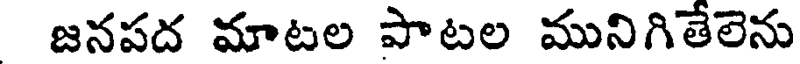
జనపద మాటల పాటల మునిగితేలెను